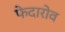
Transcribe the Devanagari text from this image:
फेदारोव